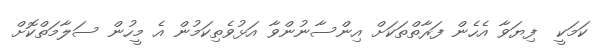
ކަމަކީ  ފިޔަވާ އެހެން ފަރާތްތަކަށް އިންސާނުންވާ އަޅުވެތިކަމުން އެ މީހުން ސަލާމަތްކޮށް